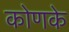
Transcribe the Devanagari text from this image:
कोणके